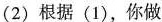
(2)根据(1)，你做